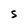
Character: S